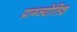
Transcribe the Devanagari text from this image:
प्राग्ज्योतिश